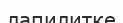
лапилитке